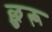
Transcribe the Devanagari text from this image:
छुरू